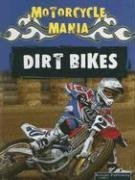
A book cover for Dirt Bikes (Motorcycle Mania); David Armentrout; Children's Books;